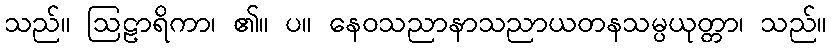
သည်။ ဩဠာရိကာ၊ ၏။ ပ။ နေဝသညာနာသညာယတနသမ္ပယုတ္တာ၊ သည်။